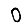
Digit: 0